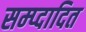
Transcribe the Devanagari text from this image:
सम्प्दादित